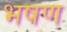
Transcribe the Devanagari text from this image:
भषण